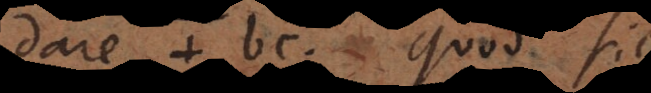
dare + bc. Quod sic